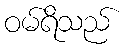
ဝမ်ရိသည်